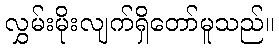
လွှမ်းမိုးလျက်ရှိတော်မူသည်။